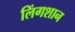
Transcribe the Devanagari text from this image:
लिंगशान